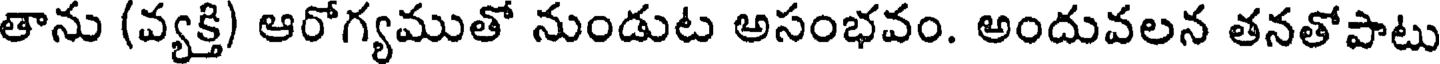
తాను (వ్యక్తి) ఆరోగ్యముతో నుండుట అసంభవం. అందువలన తనతోపాటు